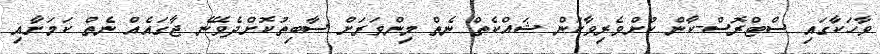
ވާހަކާގައި ސްޓްރޮސް-ކާން ކުށްވެރިވާކަން ޝައްކެތް ނެތް މިންވަރަށް ސާބިތުކޮށްދެވޭނެ ޖާގައެއް ނެތް ކަމަށާއި